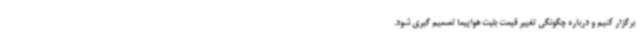
برگزار کنیم و درباره چگونگی تغییر قیمت بلیت هواپیما تصمیم گیری شود.